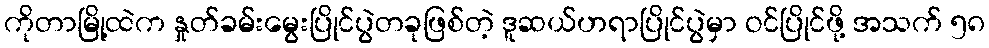
ကိုတာမြို့ထဲက နှုတ်ခမ်းမွေးပြိုင်ပွဲတခုဖြစ်တဲ့ ဒူဆယ်ဟရာပြိုင်ပွဲမှာ ဝင်ပြိုင်ဖို့ အသက် ၅၈